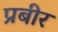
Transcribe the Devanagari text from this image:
प्रबीर